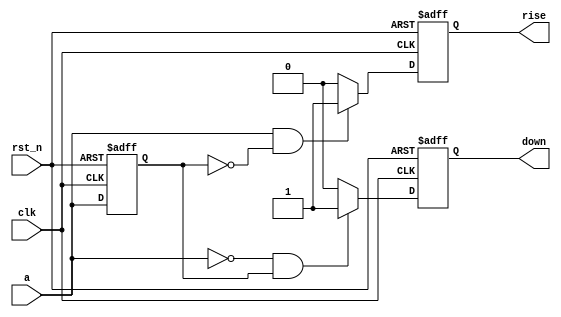
module edge_detect(
    input wire clk,
    input wire rst_n,
    input wire a,
    output reg rise,
    output reg down
);

    // Register to hold the previous value of 'a'
    reg a_prev;

    // Always block for edge detection and output signal generation
    always @(posedge clk or negedge rst_n) begin
        if (!rst_n) begin
            // Asynchronous reset: active low
            rise <= 0;
            down <= 0;
            a_prev <= 0;
        end else begin
            // Check for rising edge
            if (a == 1 && a_prev == 0) begin
                rise <= 1;
            end else begin
                rise <= 0;
            end
            // Check for falling edge
            if (a == 0 && a_prev == 1) begin
                down <= 1;
            end else begin
                down <= 0;
            end
            // Update the previous value of 'a'
            a_prev <= a;
        end
    end

endmodule